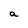
Character: a